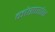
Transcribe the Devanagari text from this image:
कांसारांस